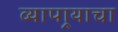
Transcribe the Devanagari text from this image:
व्यापार्‍याचा